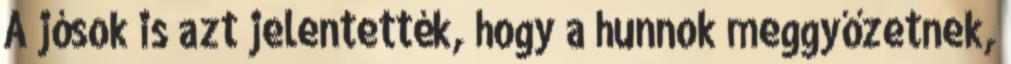
A jósok is azt jelentették, hogy a hunnok meggyőzetnek,